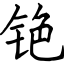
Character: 铯